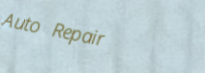
Auto Repair